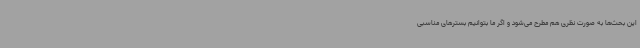
این بحث‌ها به صورت نظری هم مطرح می‌شود و اگر ما بتوانیم بسترهای مناسبی